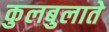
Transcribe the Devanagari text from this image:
कुलबुलाते